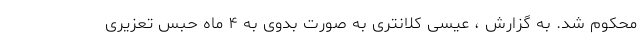
محکوم شد. به گزارش ، عیسی کلانتری به صورت بدوی به ۴ ماه حبس تعزیری